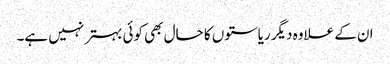
ان کے علاوہ دیگر ریاستوں کا حال بھی کوئی بہتر نہیں ہے۔